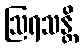
ဩရသန္တိ